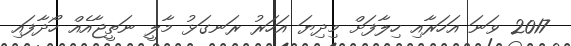
2017 ވަނަ އަހަރާއި ހިލާފަށް މިދިޔަ އަހަރު ރަނގަޅު މާލީ ނަތީޖާއެއް ހޯދާފައި